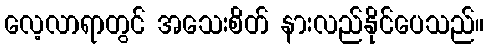
လေ့လာရာတွင် အသေးစိတ် နားလည်နိုင်ပေသည်။